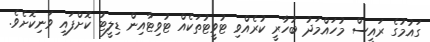
ގައުމުގެ ރައީސް މުހައްމަދު ބުހާރީ ކުރެއްވި ޓުވީޓުތަކެއް ޓުވިޓާއިން ޑިލީޓު ކޮށްފައި ވަނިކޮށެވެ.